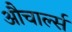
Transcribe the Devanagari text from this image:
औचार्ल्स